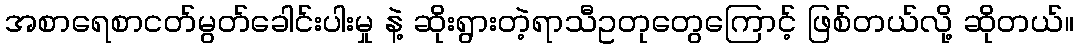
အစာရေစာငတ်မွတ်ခေါင်းပါးမှု နဲ့ ဆိုးရွားတဲ့ရာသီဥတုတွေကြောင့် ဖြစ်တယ်လို့ ဆိုတယ်။